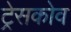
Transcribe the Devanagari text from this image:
ट्रेसकोव